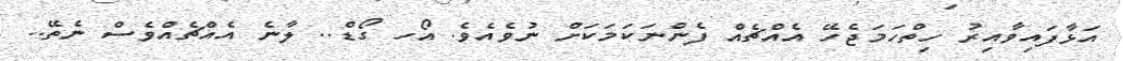
އަޅާފައިވާއިރު ހިތްހަމަޖެހޭ އެއްޗެއް ފެންނަކަމަކަށް ނުވެއެވެ. އޯހ ގޯޑް.. ލާނެ އެއްޗެއްވެސް ނެތޭ..